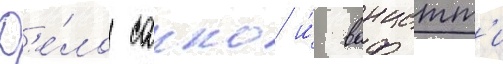
Д'е́ло сакко и́ ванцетт'и